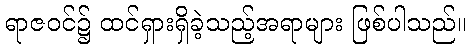
ရာဇဝင်၌ ထင်ရှားရှိခဲ့သည့်အရာများ ဖြစ်ပါသည်။